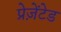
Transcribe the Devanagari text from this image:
प्रेज़ेंटेड